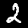
Digit: 2